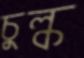
চুল্‌ক